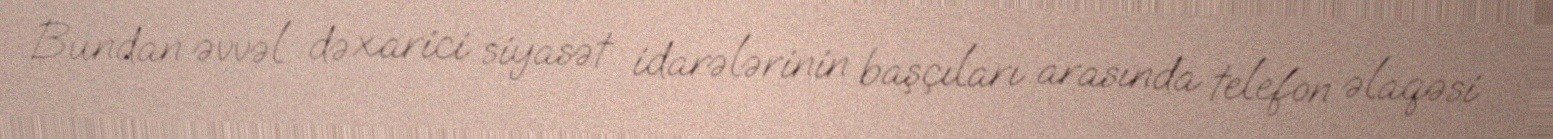
Bundan əvvəl də xarici siyasət idarələrinin başçıları arasında telefon əlaqəsi